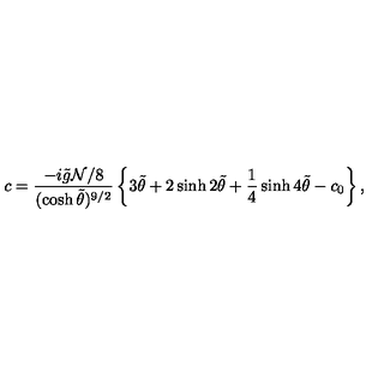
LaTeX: c = { \frac { - i \tilde { g } { \cal N } / 8 } { ( \cosh \tilde { \theta } ) ^ { 9 / 2 } } } \left\{ 3 \tilde { \theta } + 2 \sinh 2 \tilde { \theta } + { \frac { 1 } { 4 } } \sinh 4 \tilde { \theta } - c _ { 0 } \right\} ,